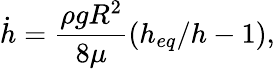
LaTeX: \dot{h}=\frac{\rho gR^{2}}{8\mu}(h_{eq}/h-1),